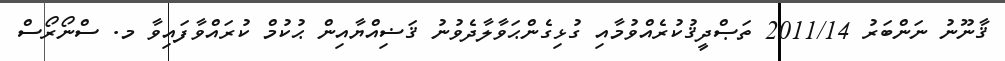
ޤާނޫނު ނަންބަރު 2011/14 ތަޞްދީޤުކުރެއްވުމާއި ގުޅިގެންޙަވާލާދެވުނު ޤަޟިއްޔާއިން ޙުކުމް ކުރައްވާފައިވާ މ. ސްނޯރޯސް